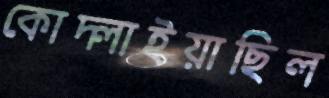
কোদ্‌লাইয়াছিল